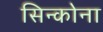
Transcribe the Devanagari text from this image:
सिन्कोना